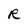
Character: R